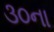
૩૦ના